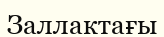
Заллактағы